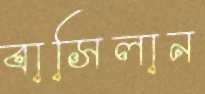
বাসিলান